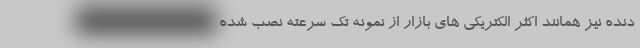
دنده نیز همانند اکثر الکتریکی های بازار از نمونه تک سرعته نصب شده